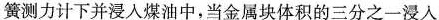
簧测力计下并浸入煤油中，当金属块体积的三分之一浸入